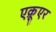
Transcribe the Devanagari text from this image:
एक्रूएर